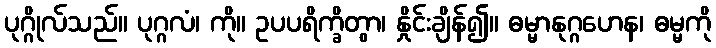
ပုဂ္ဂိုလ်သည်။ ပုဂ္ဂလံ၊ ကို။ ဥပပရိက္ခိတွာ၊ နှိုင်းချိန်၍။ ဓမ္မာနုဂ္ဂဟေန၊ ဓမ္မကို